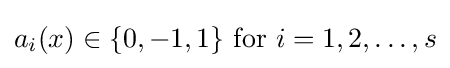
a_{i}(x)\in \{0,-1,1\}{\text{ for }}i=1,2,\ldots ,s